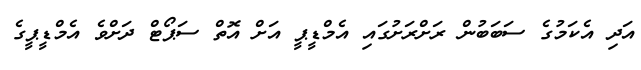
އަދި އެކަމުގެ ސަބަބުން ރަށްރަށުގައި އެމްޑީޕީ އަށް އޮތް ސަޕޯޓް ދަށްވެ އެމްޑީޕީގެ